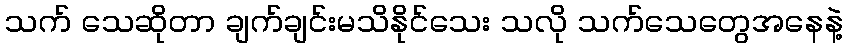
သက် သေဆိုတာ ချက်ချင်းမသိနိုင်သေး သလို သက်သေတွေအနေနဲ့